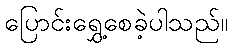
ပြောင်းရွှေ့စေခဲ့ပါသည်။